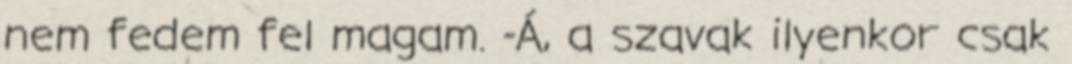
nem fedem fel magam. -Á, a szavak ilyenkor csak